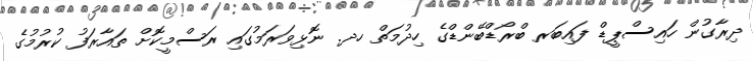
ދިރާގުން ހައިސްޕީޑް ފައިބަރ ބްރޯޑްބޭންޑްގެ ހިދުމަތް ހދ. ނޮޅިވަރަމުގައި ރަސްމީކޮށް ތައާރަފު ކުރުމުގެ